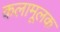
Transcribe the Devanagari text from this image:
कलामूलक